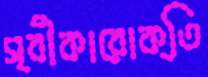
স্বীকারোক্তি